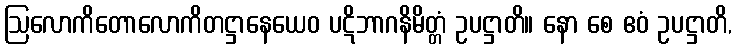
ဩလောကိတောလောကိတဋ္ဌာနေယေဝ ပဋိဘာဂနိမိတ္တံ ဥပဋ္ဌာတိ။ နော စေ ဧဝံ ဥပဋ္ဌာတိ,